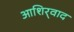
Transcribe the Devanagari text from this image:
आशिर्‍वाद